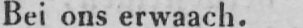
Bei ons erwaach.